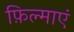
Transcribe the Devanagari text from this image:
फ़िल्माएं